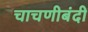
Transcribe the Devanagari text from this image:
चाचणीबंदी